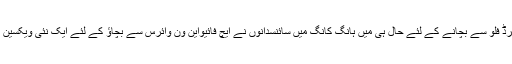
انسانوں کو برڈ فلو سے بچانے کے لئے حال ہی میں ہانگ کانگ میں سائنسدانوں نے ایچ فائیواین ون وائرس سے بچاؤ کے لئے ایک نئی ویکسین تیار کی ہے۔